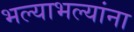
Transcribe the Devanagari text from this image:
भल्याभल्यांना